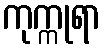
ကုက္ကုရာ